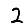
Digit: 2